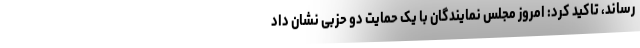
رساند، تاکید کرد: امروز مجلس نمایندگان با یک حمایت دو حزبی نشان داد